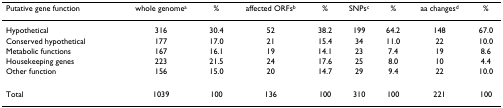
<table><thead><tr><td><b>Putative gene function</b></td><td><b>whole genome<sup>a</sup></b></td><td><b>%</b></td><td><b>affected ORFs<sup>b</sup></b></td><td><b>%</b></td><td><b>SNPs<sup>c</sup></b></td><td><b>%</b></td><td><b>aa changes<sup>d</sup></b></td><td><b>%</b></td></tr></thead><tbody><tr><td>Hypothetical</td><td>316</td><td>30.4</td><td>52</td><td>38.2</td><td>199</td><td>64.2</td><td>148</td><td>67.0</td></tr><tr><td>Conserved hypothetical</td><td>177</td><td>17.0</td><td>21</td><td>15.4</td><td>34</td><td>11.0</td><td>22</td><td>10.0</td></tr><tr><td>Metabolic functions</td><td>167</td><td>16.1</td><td>19</td><td>14.1</td><td>23</td><td>7.4</td><td>19</td><td>8.6</td></tr><tr><td>Housekeeping genes</td><td>223</td><td>21.5</td><td>24</td><td>17.6</td><td>25</td><td>8.0</td><td>10</td><td>4.4</td></tr><tr><td>Other function</td><td>156</td><td>15.0</td><td>20</td><td>14.7</td><td>29</td><td>9.4</td><td>22</td><td>10.0</td></tr><tr><td>Total</td><td>1039</td><td>100</td><td>136</td><td>100</td><td>310</td><td>100</td><td>221</td><td>100</td></tr></tbody></table>